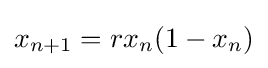
x_{n+1}=rx_{n}(1-x_{n})